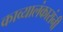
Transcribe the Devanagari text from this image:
काव्यालंकारांनी